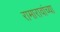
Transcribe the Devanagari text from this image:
रामारावांच्या